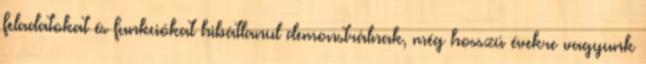
feladatokat és funkciókat hibátlanul demonstrálnak, még hosszú évekre vagyunk